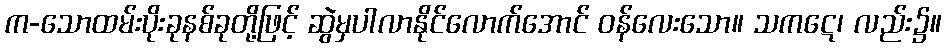
က-သောထမ်းပိုးခုနစ်ခုတို့ဖြင့် ဆွဲမှပါလာနိုင်လောက်အောင် ဝန်လေးသော။ သကဋေ၊ လည်း၌။